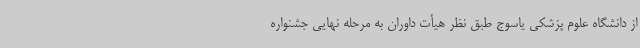
از دانشگاه علوم پزشکی یاسوج طبق نظر هیأت داوران به مرحله نهایی جشنواره